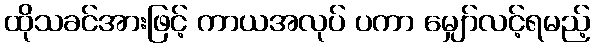
ထိုသခင်အားဖြင့် ကာယအလုပ် ပကာ မျှော်လင့်ရမည့်